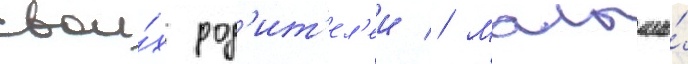
свои́х род'ит'ел'еи // Малыши́